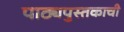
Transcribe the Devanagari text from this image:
पाठ्यपुस्तकाची